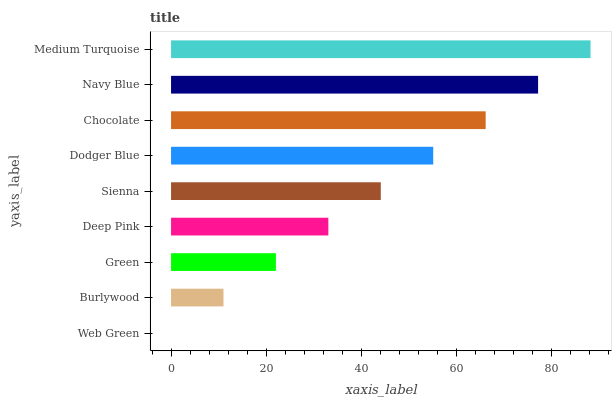
| yaxis_label | bars |
 | --- | --- |
 | Web Green | 0 |
 | Burlywood | 11 |
 | Green | 22.1 |
 | Deep Pink | 33.1 |
 | Sienna | 44.1 |
 | Dodger Blue | 55.2 |
 | Chocolate | 66.2 |
 | Navy Blue | 77.3 |
 | Medium Turquoise | 88.3 |